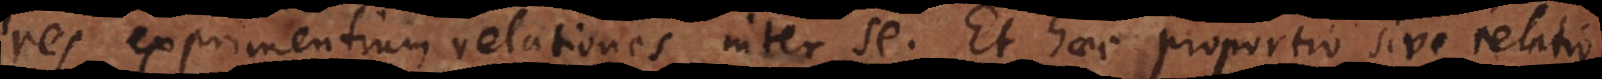
res exprimentium relationes inter se. Et haec proportio sive relatio